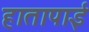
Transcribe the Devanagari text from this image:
हातापाई